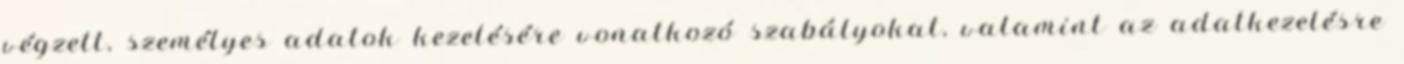
végzett, személyes adatok kezelésére vonatkozó szabályokat, valamint az adatkezelésre